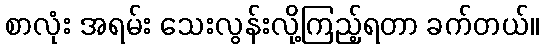
စာလုံး အရမ်း သေးလွန်းလို့ကြည့်ရတာ ခက်တယ်။